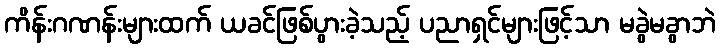
ကိန်းဂဏန်းများထက် ယခင်ဖြစ်ပွားခဲ့သည့် ပညာရှင်များဖြင့်သာ မခွဲမခွာဘဲ